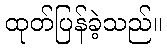
ထုတ်ပြန်ခဲ့သည်။